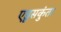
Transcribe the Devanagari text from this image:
एडूसकुंता